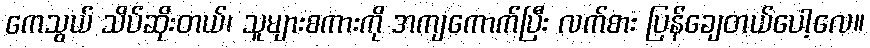
ကေသွယ် သိပ်ဆိုးတယ်၊ သူများစကားကို အကျကောက်ပြီး လက်စား ပြန်ချေတယ်ပေါ့လေ။